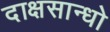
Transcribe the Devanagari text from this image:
दाक्षसान्धो